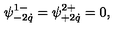
\psi _ { - 2 \dot { q } } ^ { 1 - } = \psi _ { + 2 \dot { q } } ^ { 2 + } = 0 ,